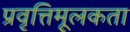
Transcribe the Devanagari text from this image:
प्रवृत्तिमूलकता